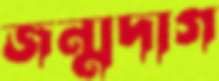
জন্মদাগ